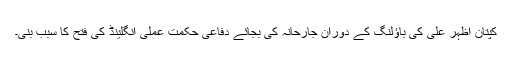
کپتان اظہر علی کی باؤلنگ کے دوران جارحانہ کی بجائے دفاعی حکمت ِعملی انگلینڈ کی فتح کا سبب بنی۔